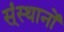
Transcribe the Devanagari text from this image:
स्ंस्थानों